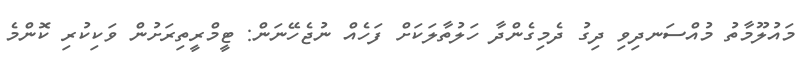
މައުލޫމާތު މުއްސަނދިވި ދިގު ދެމިގެންދާ ހަލުތާލަކަށް ފަހެއް ނުޖެހޭނަން: ޓީމްރީތިރަށުން ވަކިކުރި ކޮންމެ